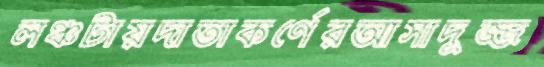
লঞ্চটায়দাতাকর্ণেরআসাদুজ্জ